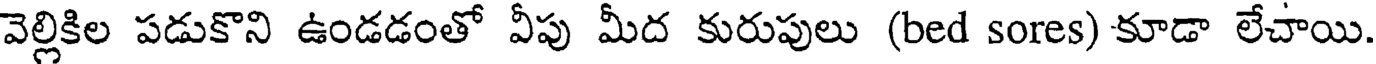
వెల్లికిల పడుకొని ఉండడంతో వీపు మీద కురుపులు (bed sores) కూడా లేచాయి.